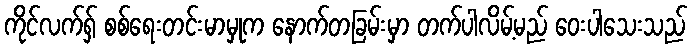
ကိုင်လက်ရှ် စစ်ရေးတင်းမာမှုက နောက်တခြမ်းမှာ တက်ပါလိမ့်မည် ဝေးပါသေးသည်